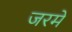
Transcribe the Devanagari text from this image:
जरमें